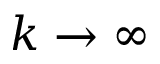
k \to \infty